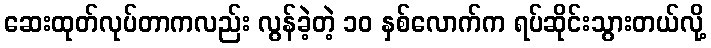
ဆေးထုတ်လုပ်တာကလည်း လွန်ခဲ့တဲ့ ၁၀ နှစ်လောက်က ရပ်ဆိုင်းသွားတယ်လို့